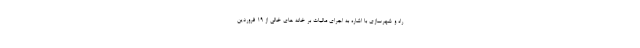
راه و شهرسازی با اشاره به اجرای مالیات بر خانه های خالی از ۱۹ فروردین